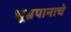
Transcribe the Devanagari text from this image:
धूम्रपानाचे